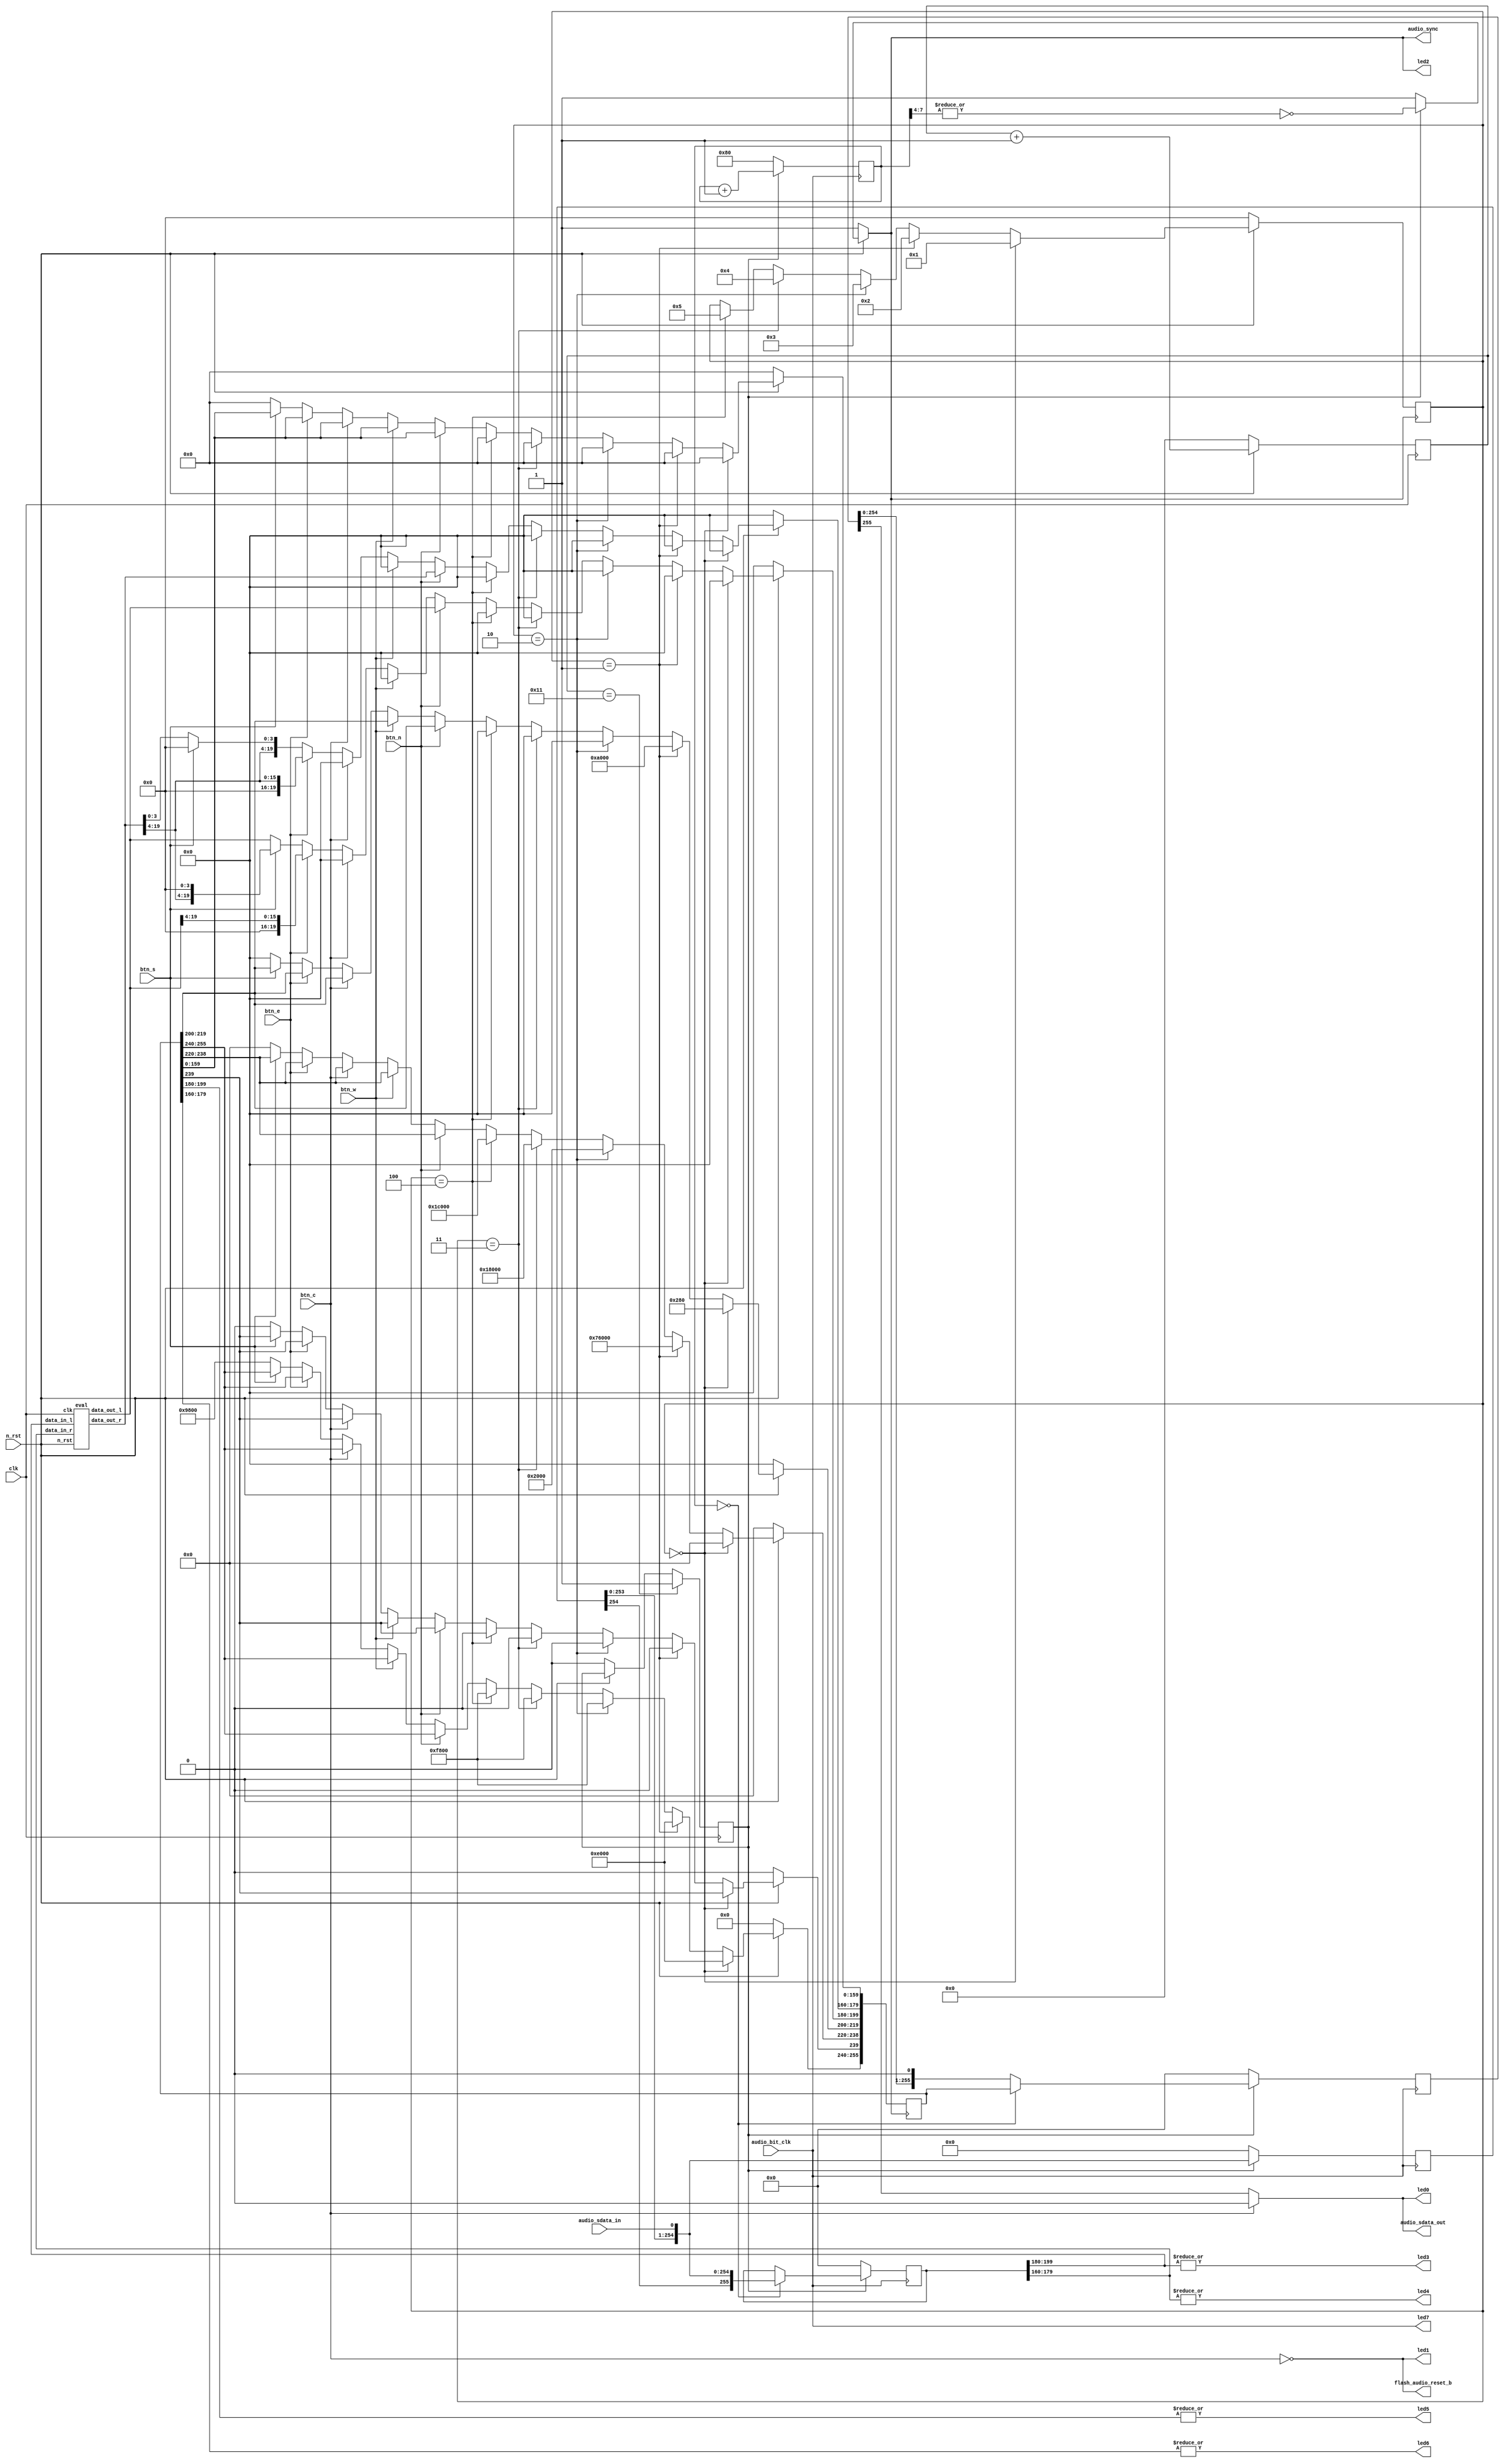
// Audio Controlling in FPGA
//   ____________           ________
//   |          | ->->->->- |      | ->->->->- ||
//   |   FPGA   |           | AC97 |           || Audio Line In / Line Out
//   | Virtex-5 | -<-<-<-<- |      | -<-<-<-<- ||
//   ~~~~~~~~~~~~           ~~~~~~~~
//

module audio(
	     led0, led1, led2, led3, led4, led5, led6, led7, // for debugging
	     n_rst,  	         // FPGA pin T23
	     clk,          	 // FPGA pin AD13
	     btn_c, btn_n, btn_e, btn_s, btn_w,
	     audio_sdata_out,	 // FPGA pin AC11 (bank 4)
	     audio_bit_clk,	 // FPGA pin AC13 (bank 4)
	     audio_sdata_in,	 // FPGA pin AC12 (bank 4)
	     audio_sync,	 // FPGA pin AD11 (bank 4)
	     flash_audio_reset_b // FPGA pin AD10 (bank 4)
);
	
   // Access between FPGA and AC97; input: FPGA <- AC97, output: FPGA -> AC97
   input        audio_bit_clk;			// 12.288MHz bit clock generated by AC97
   output       flash_audio_reset_b;	        // reset of AC97, negative reset
   input 	audio_sdata_in;			// serial data from AC97, 256bit per frame
   output	audio_sdata_out;		// serial data to AC97, 256bit per frame
   output	audio_sync;			// AC-Link frame sync, 12.288MHz/256 = 48kHz
       
   // Other ports
   input 	clk;
   input 	n_rst;				// reset of FPGA, down:1, up:0
   input 	btn_c, btn_n, btn_e, btn_s, btn_w;
      
   // registers & wires
   reg [4:0] 	counter;
   reg [7:0] 	counter_audio;
   reg [255:0] 	data_in_tmp;
   reg [255:0] 	data_out_tmp;
   reg [255:0] 	data_in;
   reg [255:0] 	data_out;
   reg 		n_audio_reset;
   reg 		audio_start;
   reg [3:0] 	audio_state;
   wire 	audio_sync_start;
   wire [19:0] 	eval_data_out_l, eval_data_out_r;

   // LEDs for debugging (edit as you like!)
   output 	led0, led1, led2, led3, led4, led5, led6, led7;
   assign led0 = audio_sdata_out;
   assign led1 = flash_audio_reset_b;
   assign led2 = audio_sync;
   assign led3 = |data_in[199:180];
   assign led4 = |data_in[179:160];
   assign led5 = |data_out[199:180];
   assign led6 = |data_out[179:160];
   assign led7 = audio_bit_clk;

   // signals
   assign audio_sync_start    = audio_start ? (~|counter_audio[7:4]) : 1'b1;
   assign audio_sync          = n_rst ? audio_sync_start : 1'b1;
   assign audio_sdata_out     = flash_audio_reset_b ? data_out_tmp[255] : 1'b0;
   assign flash_audio_reset_b = ~btn_c;

   // eval
   eval eval(n_rst, clk, data_in[199:180], data_in[179:160], eval_data_out_l, eval_data_out_r);

   // initial setting
   always @(posedge clk) begin		
      if (n_rst == 0) begin
	 counter <= 0;
	 audio_start <= 0;
      end else begin
	 counter <= counter + 1;
      end
      if (counter == 5'd17) audio_start <= 1;
   end
	
// data formatting
always @(posedge audio_bit_clk) begin
	if (audio_start == 0) begin
		counter_audio <= 8'b10000000;
		data_in_tmp   <= 256'd0;
		data_out_tmp  <= 256'd0;
		data_in       <= 256'd0;
	end else begin
		if (counter_audio == 0) begin
			data_in      <= {data_in_tmp[254:0], audio_sdata_in};
			data_out_tmp <= data_out;				
		end else begin
			data_out_tmp <= {data_out_tmp[254:0], 1'b0};
		end
		data_in_tmp     <= {data_in_tmp[254:0], audio_sdata_in};
		counter_audio   <= counter_audio + 1'b1;
	end
end
	
   // data writing
   always @(posedge audio_sync) begin
      if (n_rst == 0) begin
	 data_out <= {256{1'b0}};
	 audio_state <= 4'b0000;
			
	 // Initial Control Register Setting
      end else if ( audio_state == 4'b0000 ) begin // REG 00 write: Register Reset
	 data_out[255:240] <= 16'b1110_0000_0000_0000;
	 data_out[238:220] <= 20'b0000_0000_0000_0000_0000;
	 data_out[219:200] <= 20'b0000_0000_0010_1000_0000;
	 data_out[199:160] <= {40{1'b0}};
	 data_out[159:0] <= {160{1'b0}};
	 audio_state <= 4'b0001;
      end else if ( audio_state == 4'b0001 ) begin // REG 76 write: DAM, FMXE
	 data_out[255:240] <= 16'b1110_0000_0000_0000;
	 data_out[239:220] <= 20'b0111_0110_0000_0000_0000;
	 data_out[219:200] <= 20'b0000_1010_0000_0000_0000;
	 data_out[199:160] <= {40{1'b0}};
	 data_out[159:0] <= {160{1'b0}};
	 audio_state <= 4'b0010;
      end else if ( audio_state == 4'b0010 ) begin // REG 02 write: Master Volume Mute OFF
	 data_out[255:240] <= 16'b1111_1000_0000_0000;
	 data_out[239:220] <= 20'b0000_0010_0000_0000_0000;
	 data_out[219:200] <= 20'b0000_0000_0000_0000_0000;
	 data_out[199:160] <= {40{1'b0}};
	 data_out[159:0] <= {160{1'b0}};
	 audio_state <= 4'b0011;
      end else if ( audio_state == 4'b0011 ) begin // REG 18 write: PCM Out Mute OFF
	 data_out[255:240] <= 16'b1111_1000_0000_0000;
	 data_out[239:220] <= 20'b0001_1000_0000_0000_0000;
	 data_out[219:200] <= 20'b0000_0000_0000_0000_0000;
	 data_out[199:160] <= {40{1'b0}};
	 data_out[159:0] <= {160{1'b0}};
	 audio_state <= 4'b0100;
      end else if ( audio_state == 4'b0100 ) begin // REG 1C write: Input Mute OFF
	 data_out[255:240] <= 16'b1111_1000_0000_0000;
	 data_out[239:220] <= 20'b0001_1100_0000_0000_0000;
	 data_out[219:200] <= 20'b0000_0000_0000_0000_0000;
	 data_out[199:160] <= {40{1'b0}};
	 data_out[159:0] <= {160{1'b0}};
	 audio_state <= 4'b0101;
	 
	 // Setting by Button (edit as you like!) 
      end else if ( btn_n ) begin
	 data_out[199:180] <= eval_data_out_l;
	 data_out[179:160] <= eval_data_out_r;
      end else if ( btn_w ) begin
	 data_out[199:180] <= {20{1'b0}};
	 data_out[179:160] <= {20{1'b0}};
      end else if ( btn_c ) begin
	 data_out[199:180] <= {20{1'b0}};
	 data_out[179:160] <= {20{1'b0}};
      end else if ( btn_e ) begin
	 data_out[199:180] <= {4'b0000, eval_data_out_l[19:4]};
	 data_out[179:160] <= {4'b0000, eval_data_out_r[19:4]};
      end else if ( btn_s ) begin
	 data_out[199:180] <= {eval_data_out_r[19:4], 4'b0000};
	 data_out[179:160] <= {eval_data_out_r[19:4], 4'b0000};
	 
	 // Data Output
      end else begin
	 data_out[255:240] <= 16'b1001_1000_0000_0000;
	 data_out[239:220] <= 20'b0000_0000_0000_0000_0000;
	 data_out[219:200] <= 20'b0000_0000_0000_0000_0000;
	 data_out[199:180] <= eval_data_out_l;
	 data_out[179:160] <= eval_data_out_r;
	 data_out[159:0] <= {160{1'b0}};
      end
   end

endmodule

// main
module eval(n_rst, clk, data_in_l, data_in_r, data_out_l, data_out_r);
   
   input	 n_rst, clk;
   input [19:0]  data_in_l;
   input [19:0]  data_in_r;
   output [19:0] data_out_l;
   output [19:0] data_out_r;
	
   assign data_out_l = data_in_l;
   assign data_out_r = data_in_r;
   
endmodule